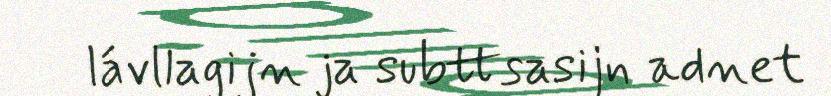
lávllagijn ja subttsasijn adnet